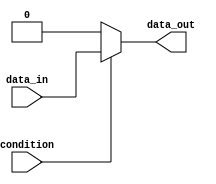
module if_else_statement(
    input wire condition,
    input wire data_in,
    output reg data_out
);

always @(condition)
begin
    if(condition) begin
        // execute if true
        data_out <= data_in;
    end
    else begin
        // execute if false
        data_out <= 0;
    end
end

endmodule